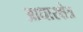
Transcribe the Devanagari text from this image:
आधारक्षेत्र